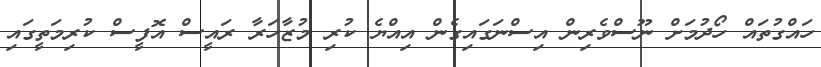
ހައްގުތައް ހޯދުމަށް ނޫސްވެރިން އިސްނަގައިގެން އިއްޔެ ކުރި މުޒާހަރާ ރައީސް އޮފީސް ކުރިމަތީގައި